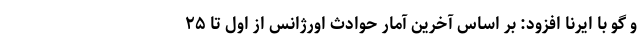
و گو با ایرنا افزود: بر اساس آخرین آمار حوادث اورژانس از اول تا ۲۵